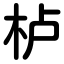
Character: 栌